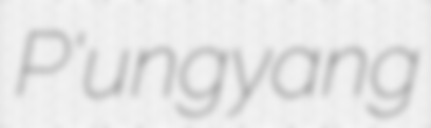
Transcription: P'ungyang